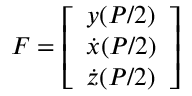
F = \left[ \begin{array} { l } { y ( P / 2 ) } \\ { \dot { x } ( P / 2 ) } \\ { \dot { z } ( P / 2 ) } \end{array} \right]